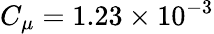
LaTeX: C_{\mu}=1.23\times 10^{-3}